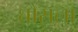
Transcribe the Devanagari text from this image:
घौंसला